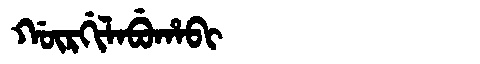
Manchu: ᡤᡡᡵᡤᡳᠯᠠᠪᡠᡥᠠᠪᡳ
Romanization: GŪRGILABUHABI